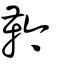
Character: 靲